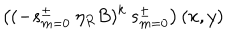
LaTeX: \left( ( - s _ { m = 0 } ^ { \pm } \: \eta _ { R } B ) ^ { k } \: s _ { m = 0 } ^ { \pm } \right) ( x , y )